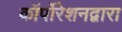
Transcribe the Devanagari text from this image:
कॉर्पोरेशनद्वारा